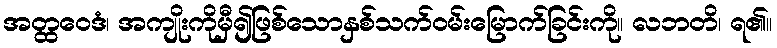
အတ္ထဝေဒံ၊ အကျိုးကိုမှီ၍ဖြစ်သောနှစ်သက်ဝမ်းမြောက်ခြင်းကို။ လဘတိ၊ ရ၏။